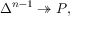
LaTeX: \Delta ^ { n - 1 } \twoheadrightarrow P ,